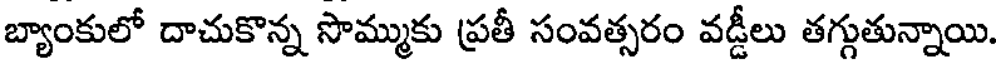
బ్యాంకులో దాచుకొన్న సొమ్ముకు ప్రతీ సంవత్సరం వడ్డీలు తగ్గుతున్నాయి.